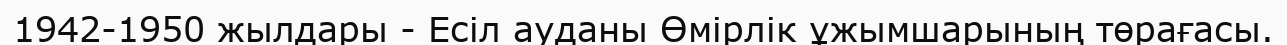
1942-1950 жылдары - Есіл ауданы Өмірлік ұжымшарының төрағасы.